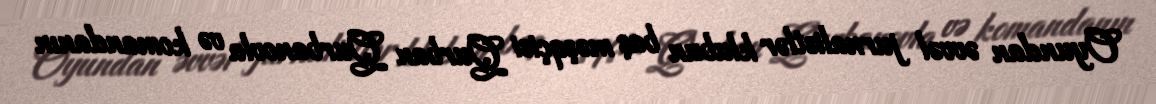
Oyundan əvvəl jurnalistlər klubun baş məşqçisi Qurban Qurbanovla və komandanın